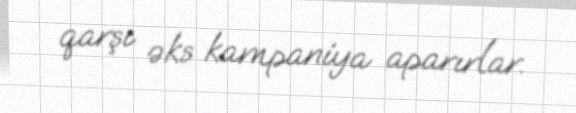
qarşı əks kampaniya aparırlar.